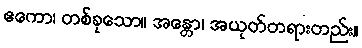
ဧကော၊ တစ်ခုသော။ အန္တော၊ အယုတ်တရားတည်း။